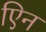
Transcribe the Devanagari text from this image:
एिन